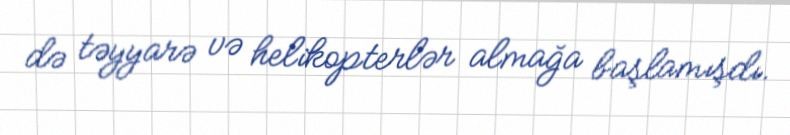
də təyyarə və helikopterlər almağa başlamışdı.